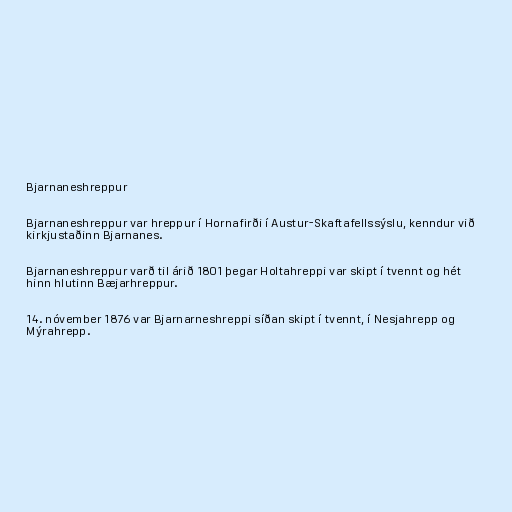
Bjarnaneshreppur

Bjarnaneshreppur var hreppur í Hornafirði í Austur-Skaftafellssýslu, kenndur við
kirkjustaðinn Bjarnanes.

Bjarnaneshreppur varð til árið 1801 þegar Holtahreppi var skipt í tvennt og hét
hinn hlutinn Bæjarhreppur.

14. nóvember 1876 var Bjarnarneshreppi síðan skipt í tvennt, í Nesjahrepp og
Mýrahrepp.